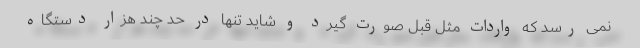
نمی رسد که واردات مثل قبل صورت گیرد و شاید تنها در حد چند هزار دستگاه